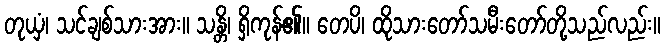
တုယှံ၊ သင်ချစ်သားအား။ သန္တိ၊ ရှိကုန်၏။ တေပိ၊ ထိုသားတော်သမီးတော်တို့သည်လည်း။